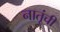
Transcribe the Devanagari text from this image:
नातूंची